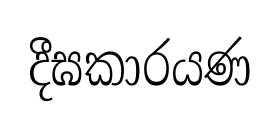
දීඝකාරයණ